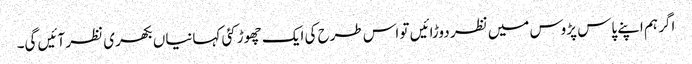
اگر ہم اپنے پاس پڑوس میں نظر دوڑائیں تو اس طرح کی ایک چھوڑ کئی کہانیاں بکھری نظر آئیں گی۔